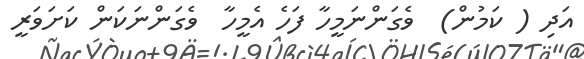
އަދި ( ކަމުން)  ވެގަންނަމީހާ ފަހެ އެމީހާ  ވެގަންނަކަން ކަށަވަރީ